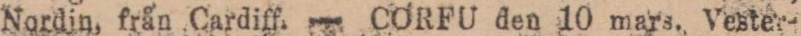
Nordin, från Cardiff. — CORFU den 10 mars. Vester-